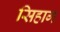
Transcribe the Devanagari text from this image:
सिहाग